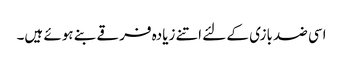
اسی ضد بازی کے لئے اتنے زیادہ فرقے بنے ہوئے ہیں۔